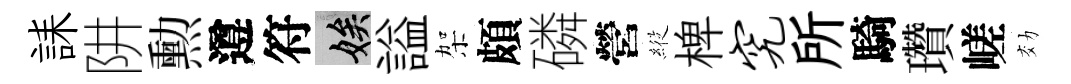
誄阱勲遵符娭謚架頗磷營𦂵椑究所騎瓚嵯効